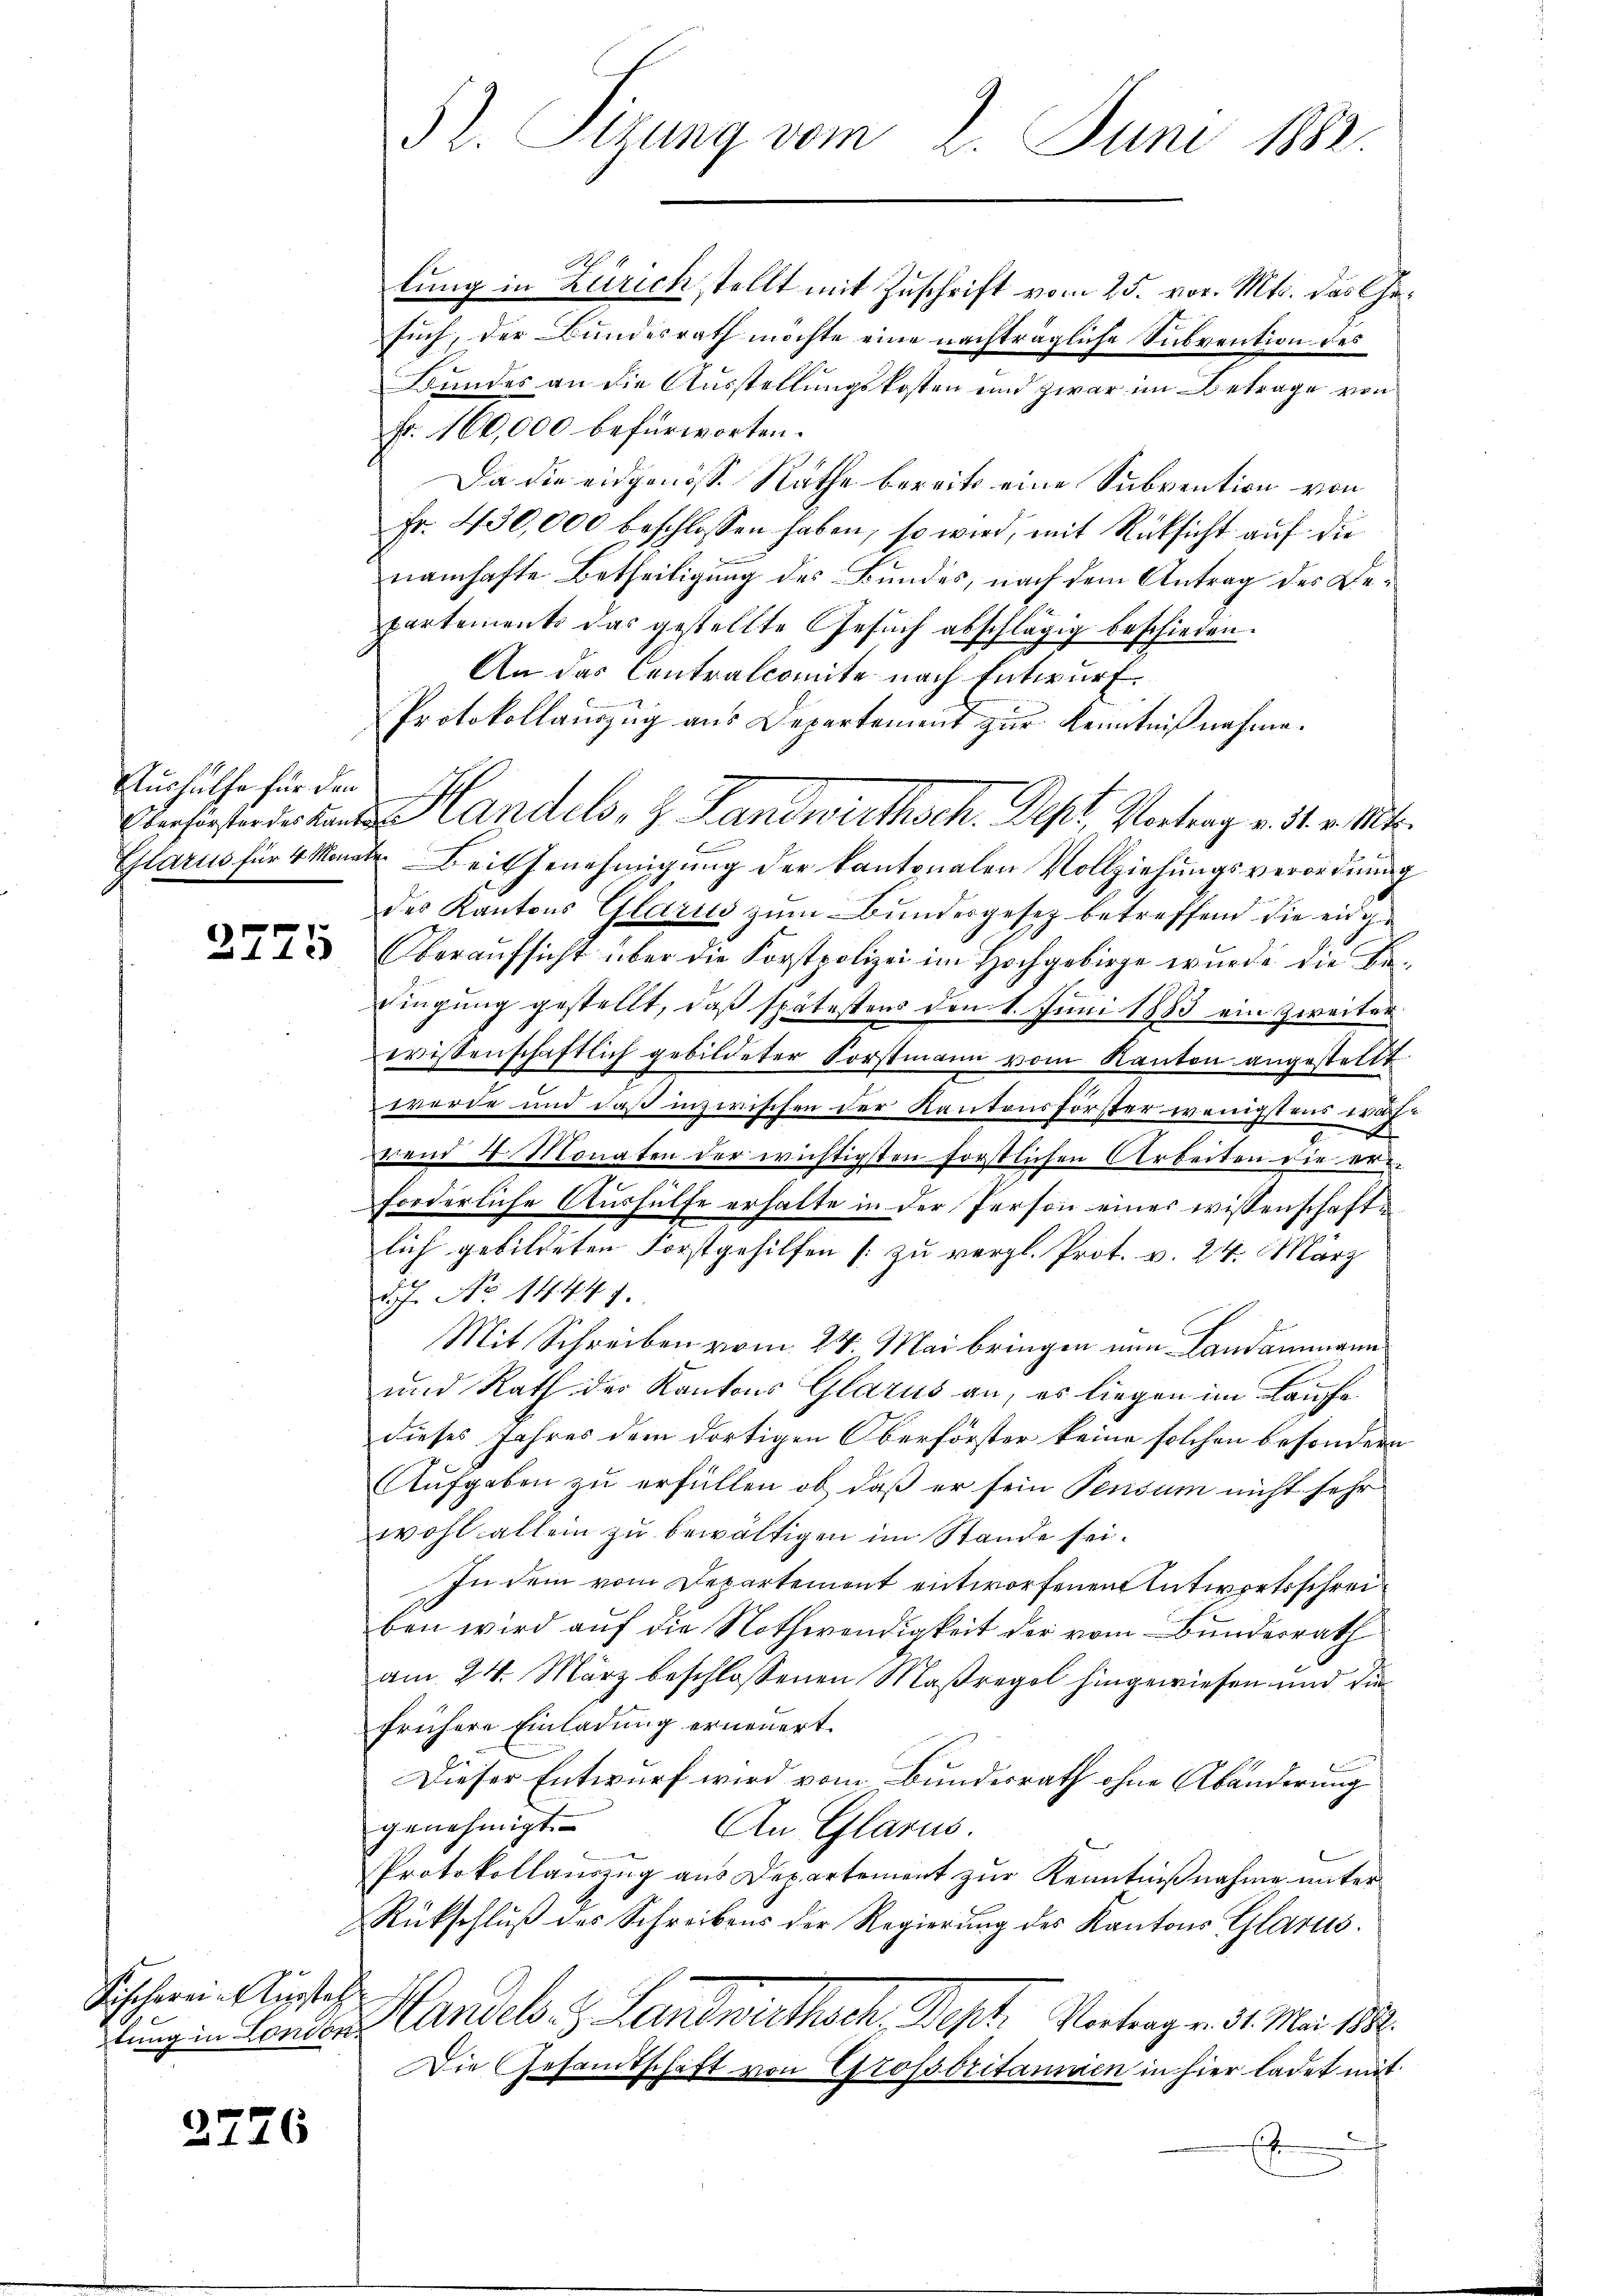
Aushülfe für den

2775

Sischerein Ausstehe

2726

52. Sizung vom 2. Juni 1882.

A
lung in Zürich stellt mit Zuschrift vom 25. vor. Mts. das Gesuch, der Bundesrath möchte eine nachträgliche Subvention des
Bundes an die Ausstellungskosten und zwar im Betrage von
Fr. 160,000 befürworten.
Da die eidgenösse Räthe bereits eine Subvention von
Fr. 430,000 beschlossen haben, so wird, mit Rücksicht auf die
namhafte Betheiligung des Bundes, nach dem Antrag des Bepartements das gestellte Gesuch abschlägig beschieden.
An das Contralcomite nach Entwurf.
Protokollauszug aus Departement zur Kenntnißnahme.
Ansinsterde und Handels, z. Landwirthsch. Dept, Vortrag v. 31. v. Mts.
Glarus für 4 Monate. Bei Genehmigung der kantonalen Vollziehungsverordnung
des Kantons Glarus zum Bundesgesetz betreffend die einge
Oberaŭfsicht über die Forstpolizei im Hochgebirge wurde die Be-
Lingung gestellt, daß spätestens den 1. Juni 1883 ein Zweiter
wissenschaftlich gebildeter Forstmann vom Kanton angestellt
werde und daß inzwischen der Kantonsförster wenigstens wachuund 4 Monaten der wichtigsten forstlichen Arbeiten die ern
forderliche Aushülfe erhalte in der Person eines wissenschaftlich gebildeten Forstgehilfen [zu vergl. Prot. v. 24. März
2.J. No 14447.
Mit Schreiben vom 24. Mai bringen nun Landammann
und Rath des Kantons Glarus an, es liegen im Kauffe
dieses Jahres dem dortigen Oberförster keine solchen besondern
Aufgaben zu erfüllen ob, daß er sein Pensum nicht sehr
wohl allein zu bewältigen im Stande sei.
In dem vom Departemont entworfenen Antwortsschreiben wird auf die Nothwendigkeit der vom Bunderrath
am 24. März beschlossenen Maßregel hingewiesen und die
frühere Einladung erneuert.
Dieser Entwurf wird vom Bundesrath ohne Abänderung
genehmigt.
An Glarus.
Protokollauszug aus Departement zur Kenntnißnahme unter
Rückschluß des Schreibens der Regierung des Kantons Glarus.
lungen Landen Candels- & Landwirthsch. Sept. Vortrag v. 31. Mai 1858.
Die Gesamtschaft von Grossbritannien in hier ladet mit
i
E